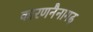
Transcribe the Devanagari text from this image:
कारणनैनागढ़